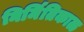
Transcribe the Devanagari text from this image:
निर्मितिकाळ